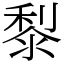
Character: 㴝